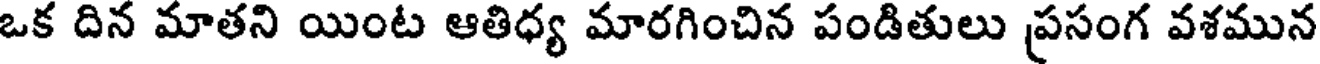
ఒక దిన మాతని యింట ఆతిధ్య మారగించిన పండితులు ప్రసంగ వశమున